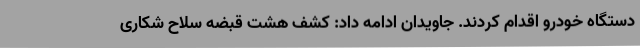
دستگاه خودرو اقدام کردند. جاویدان ادامه داد: کشف هشت قبضه سلاح شکاری